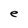
Character: e